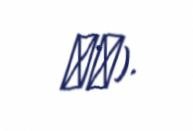
政府).